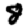
Digit: 8